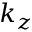
k _ { z }